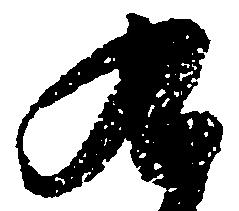
九